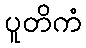
ပူတိကံ